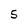
Character: 5